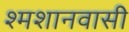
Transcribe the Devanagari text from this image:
श्मशानवासी